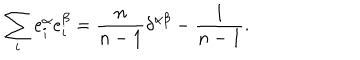
\sum _ { i } e _ { i } ^ { \alpha } e _ { i } ^ { \beta } = \frac { n } { n - 1 } \delta ^ { \alpha \beta } - \frac { 1 } { n - 1 } .